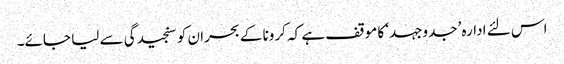
اس لئے ادارہ ’جدوجہد‘ کا موقف ہے کہ کرونا کے بحران کو سنجیدگی سے لیا جائے۔